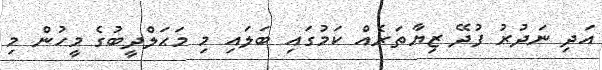
އަދި ނަދުރު ފުދޭ ޒިޔާތަރެއް ކަމުގައި ބަލައި މި މަޙަލްދީބުގެ މީހުން މި